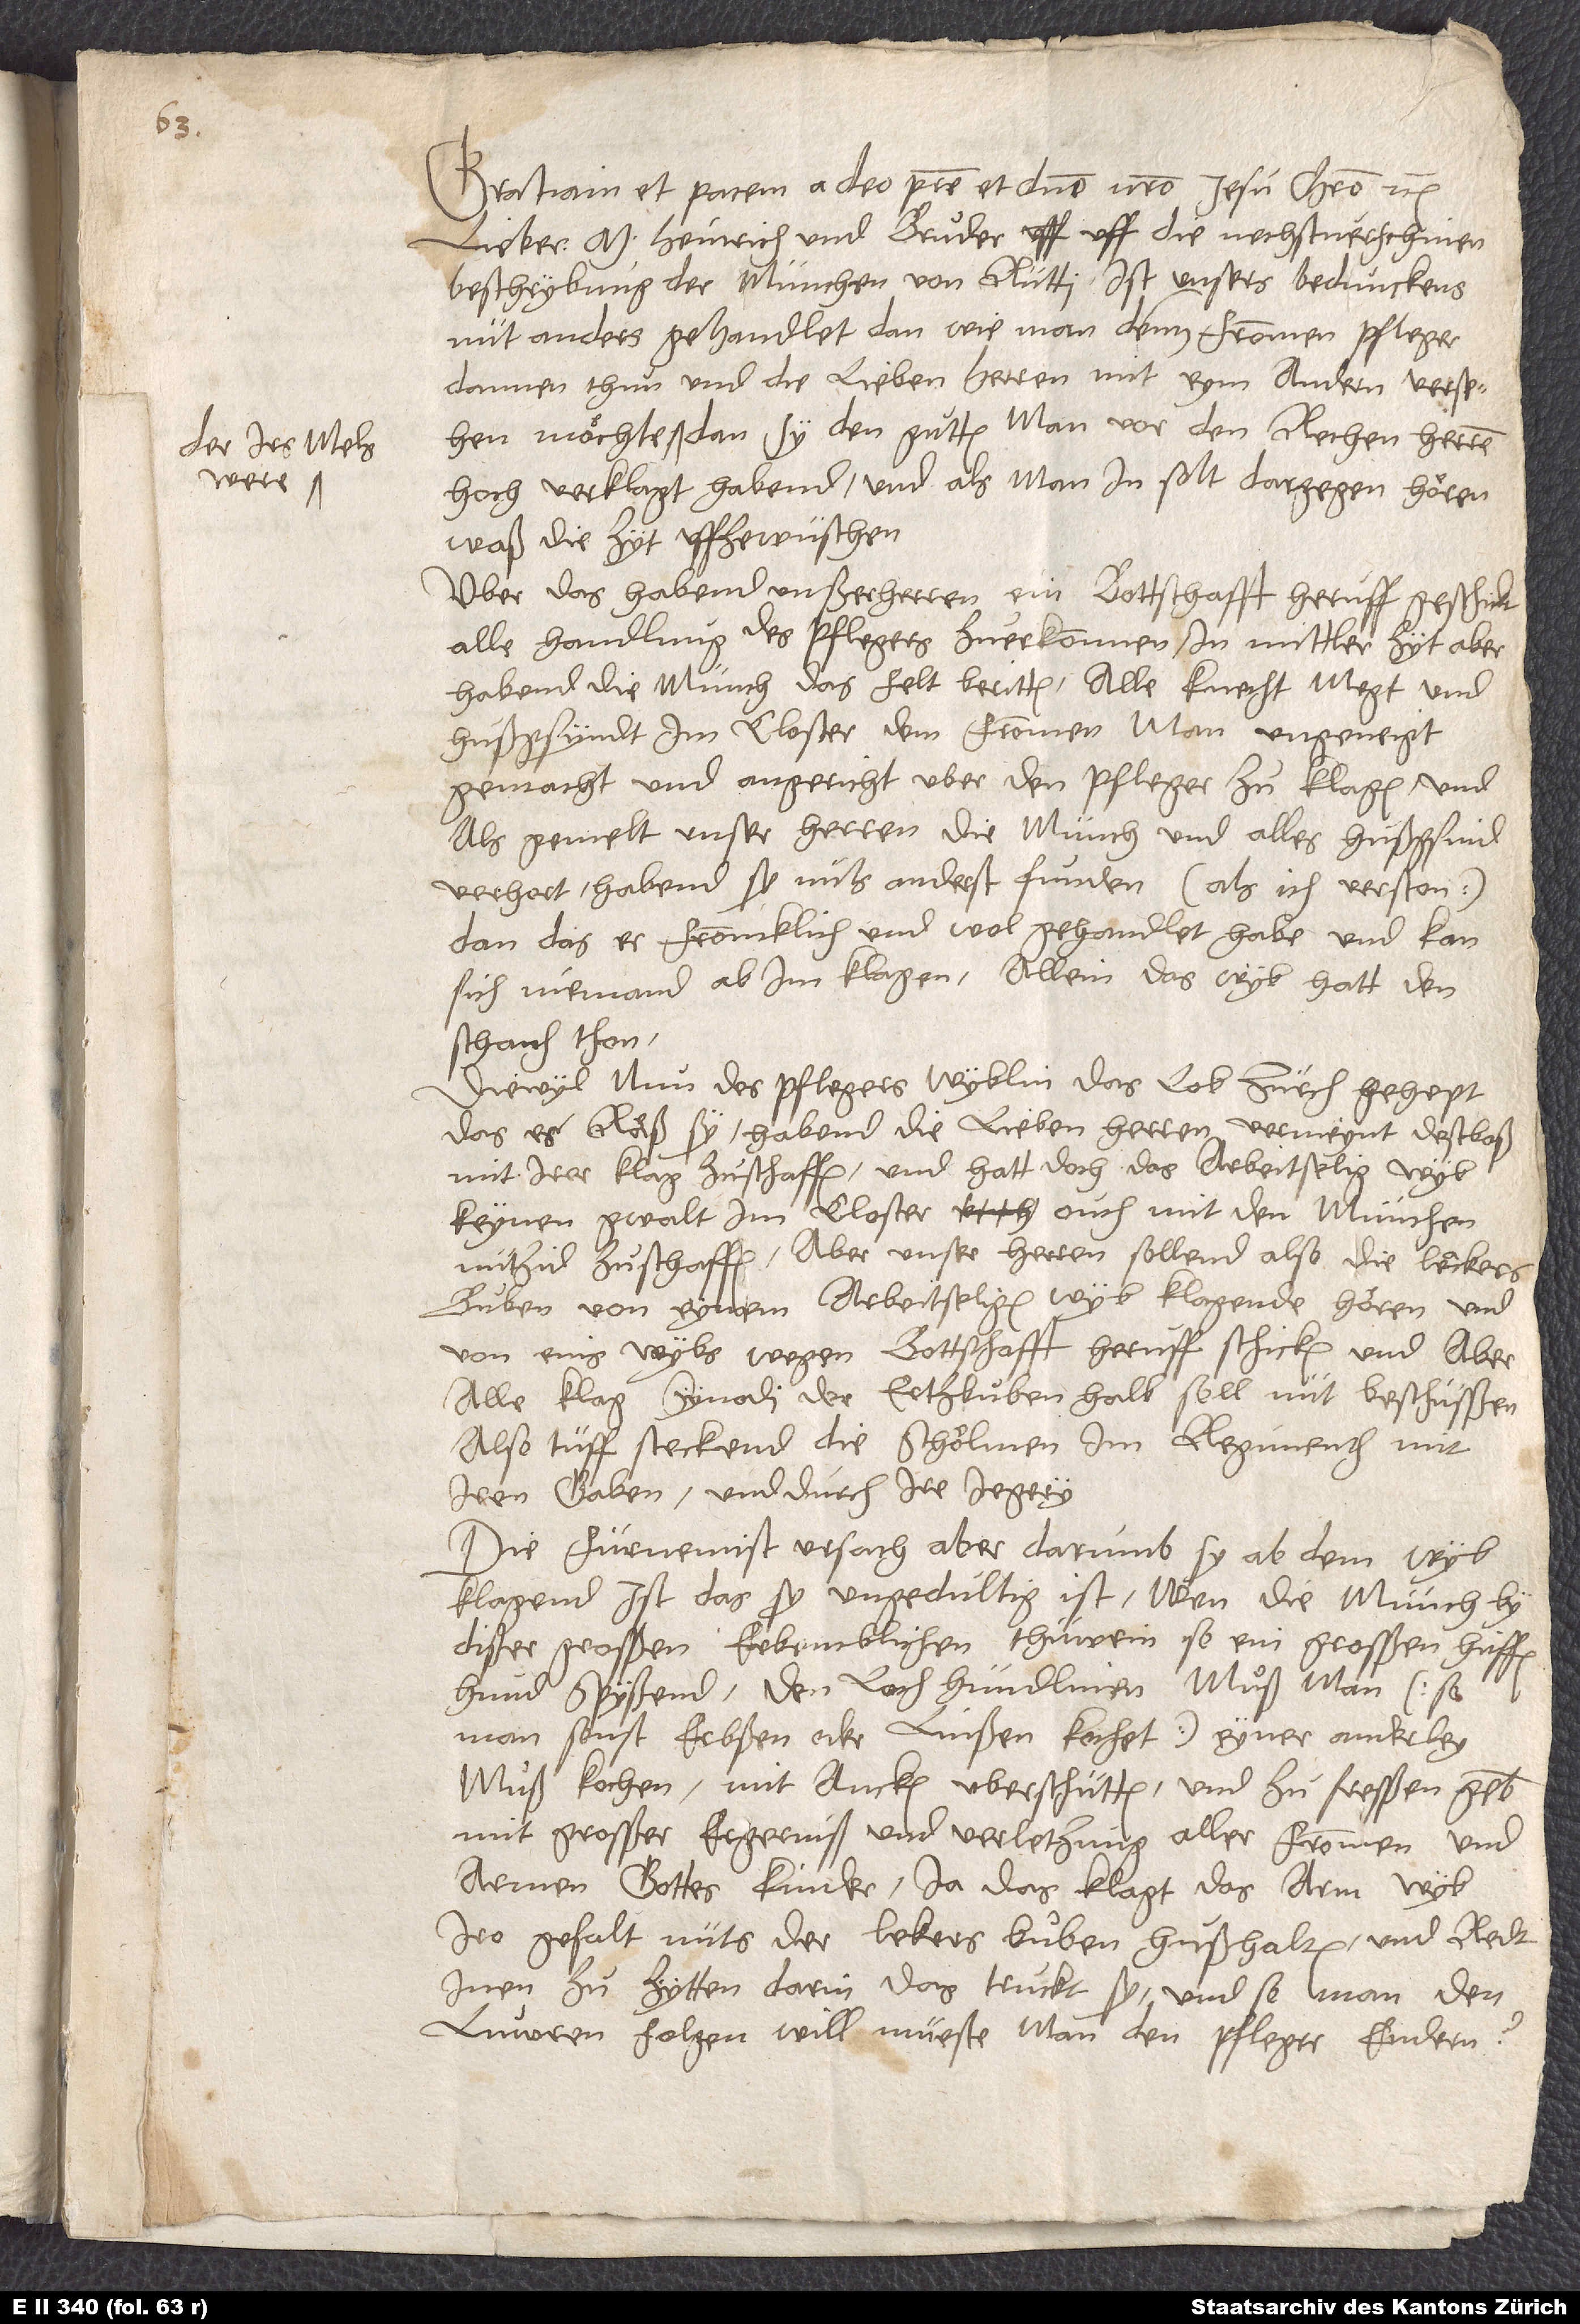
der irs mels

Gratiam et pacem a deo patre et domino nostro Iesu Christo etc.
Lieber M. Heinrich und bruͦder. Uff die nechstverschinen
beschrybung der münchen von Rütti ist unsers bedunckens
nüt anders gehandlet, dan wie man denn frommen pfleger
dannen thun und die lieben herren mit eym andern versehen möchte,
dan sy den gutten man vor den rechenherren
hoch verklagt habend, und als man in solt dargegen hören,
waß die zyt, uffzewüschen.
Uber das habend unßer herren ein bottschafft heruff geschickt,
alle handlung des pflegers zu erkonnen. In mittler zyt aber
habend die münch das felt beritten, alle knecht, megt und
hußgsyndt im closter dem frommen man ungeneigt
gemacht und angericht, uber den pfleger zu klagen. Und
als gemelt unser herren die münch und alles hußgsind
verhort, habend si nüts anderst funden (als ich verston),
dan das er frommklich und wol gehandlet habe, und kan
sich niemand ab im klagen. Allein das wyb hatt den
schaden thon.
Diewyl nun des pflegers wyblin das lob Zürch gehept,
das es räß sy, habend die lieben herren vermeynt, destbaß
mit irer klag zu schaffen, und hatt doch das arbeitselig wyb
keynen gwalt im closter, ouch mit den münchen
nützid zu schaffen. Aber unser herren sollend also die leckers
buben von eynem arbeitseligen wyb klagende hören und
von eins wybs wegen bottschafft heruff schicken, und aber
alle klag synodi der ertzbuben halb soll nüt beschüsßen!
Also tüff steckend die schölmen im regimenth mit
iren gaben und durch ire jegery.
Die fürnemist ursach aber, darumb sy ab dem wyb
klagend, ist, das sy ungedultig ist, wen die münch by
dißer grosßen, erbermblichen thüwrin so ein grosßen huffen
hund spyßend. Den lochhündlinen muͦß man (so
man sonst erbßen oder linßen kochet) eyner anderley
muß kochen, mit ancken überschütten und zu fresßen geben,
mit grosßer ergerniß und verletzung aller frommen und
armen gotteskinder. Ja das klagt das arm wyb.
Iro gefalt nüts der lekers buͦben hußhalten, und redt
inen zu zytten darin. Das truckt sy, und so man den
luwren folgen will, müeste man den pfleger endern